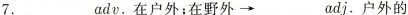
7.______adv.在户外；在野外→_____adj.户外的